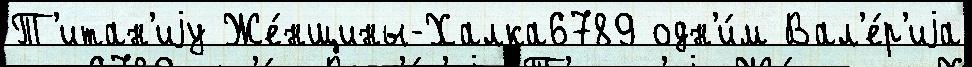
Т'итан'иjу Же́нщины-Халка6789 одн'и́м Вал'е́р'иjа